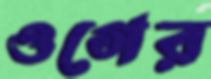
ওগের